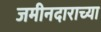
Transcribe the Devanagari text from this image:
जमीनदाराच्या